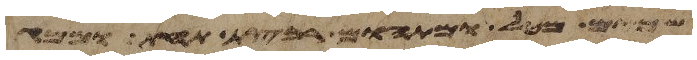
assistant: שמים מטל ומתהום רבצת תחת וממגד